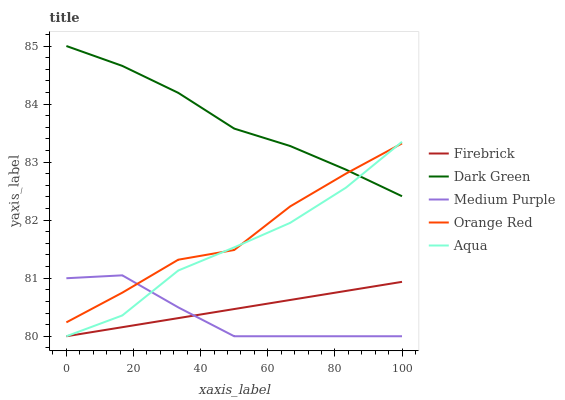
| xaxis_label | Firebrick | Dark Green | Medium Purple | Orange Red | Aqua |
 | --- | --- | --- | --- | --- | --- |
 | 0 | 80 | 85 | 81 | 80.2 | 80 |
 | 16.7 | 80.2 | 84.7 | 81 | 80.8 | 80.4 |
 | 33.3 | 80.3 | 84.2 | 80.5 | 81.3 | 81.1 |
 | 50 | 80.5 | 83.6 | 80 | 81.5 | 81.5 |
 | 66.7 | 80.6 | 83.3 | 80 | 82.2 | 82 |
 | 83.3 | 80.8 | 82.9 | 80 | 82.8 | 82.6 |
 | 100 | 80.9 | 82.4 | 80 | 83.3 | 83.3 |